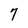
Character: 7